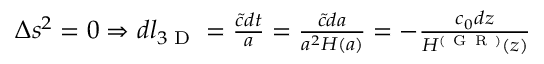
\begin{array} { r } { \Delta s ^ { 2 } = 0 \Rightarrow d l _ { 3 \textrm { D } } = \frac { \tilde { c } d t } { a } = \frac { \tilde { c } d a } { a ^ { 2 } H ( a ) } = - \frac { c _ { 0 } d z } { H ^ { ( \mathrm { ~ G ~ R ~ } ) } ( z ) } } \end{array}